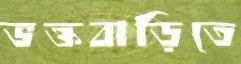
ভক্তবাড়িতে